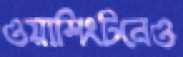
ওয়াশিংটনেও